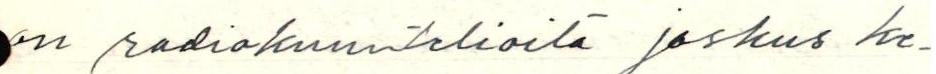
on radiokuuntelioita joskus ke-